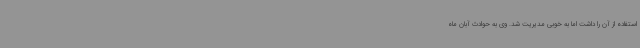
استفاده از آن را داشت اما به خوبی مدیریت شد. وی به حوادث آبان ماه